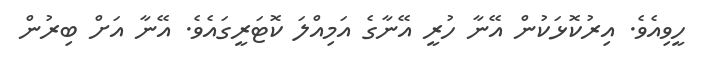
ހީވިއެވެ. އިރުކޮޅަކުން އޭނާ ހުރީ އޭނާގެ އަމިއްލަ ކޮޓަރީގައެވެ. އޭނާ އަށް ބިރުން